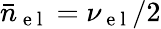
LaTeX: \bar{n}_{\mathrm{~e~l~}}=\nu_{\mathrm{~e~l~}}/2